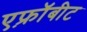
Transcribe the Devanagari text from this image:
एफ़्रॉबीट